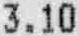
3.10